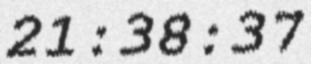
21:38:37